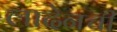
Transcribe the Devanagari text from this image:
लादेनची